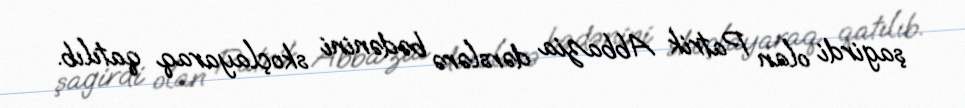
şagirdi olan Patrik Abbazia dərslərə bədənini skoçlayaraq qatılıb.